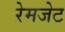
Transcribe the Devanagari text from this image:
रेमजेट